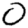
Digit: 0